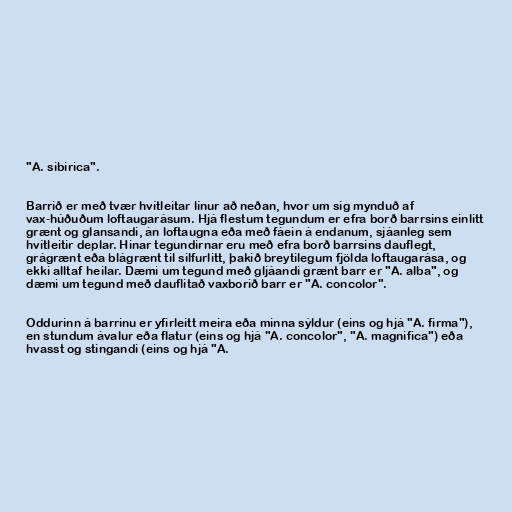
"A. sibirica".

Barrið er með tvær hvítleitar línur að neðan, hvor um sig mynduð af
vax-húðuðum loftaugarásum. Hjá flestum tegundum er efra borð barrsins einlitt
grænt og glansandi, án loftaugna eða með fáein á endanum, sjáanleg sem
hvítleitir deplar. Hinar tegundirnar eru með efra borð barrsins dauflegt,
grágrænt eða blágrænt til silfurlitt, þakið breytilegum fjölda loftaugarása, og
ekki alltaf heilar. Dæmi um tegund með gljáandi grænt barr er "A. alba", og
dæmi um tegund með dauflitað vaxborið barr er "A. concolor".

Oddurinn á barrinu er yfirleitt meira eða minna sýldur (eins og hjá "A. firma"),
en stundum ávalur eða flatur (eins og hjá "A. concolor", "A. magnifica") eða
hvasst og stingandi (eins og hjá "A.